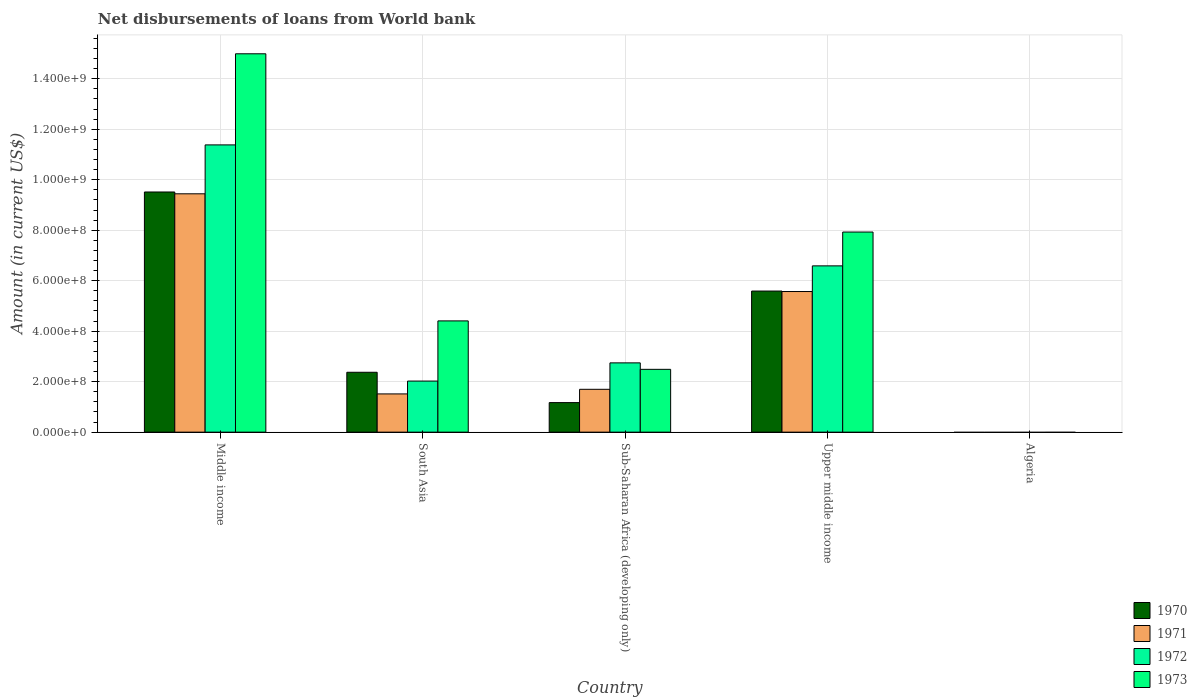
| Country | 1970 | 1971 | 1972 | 1973 |
 | --- | --- | --- | --- | --- |
 | Middle income | 9.51e+08 | 9.44e+08 | 1.14e+09 | 1.5e+09 |
 | South Asia | 2.37e+08 | 1.51e+08 | 2.02e+08 | 4.41e+08 |
 | Sub-Saharan Africa (developing only) | 1.17e+08 | 1.7e+08 | 2.74e+08 | 2.49e+08 |
 | Upper middle income | 5.59e+08 | 5.57e+08 | 6.59e+08 | 7.93e+08 |
 | Algeria | -2.61e+06 | -2.6e+06 | -2.82e+06 | -1.19e+06 |